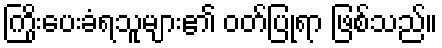
ကြိုးပေးခံရသူများ၏ ဝတ်ပြုရာ ဖြစ်သည်။